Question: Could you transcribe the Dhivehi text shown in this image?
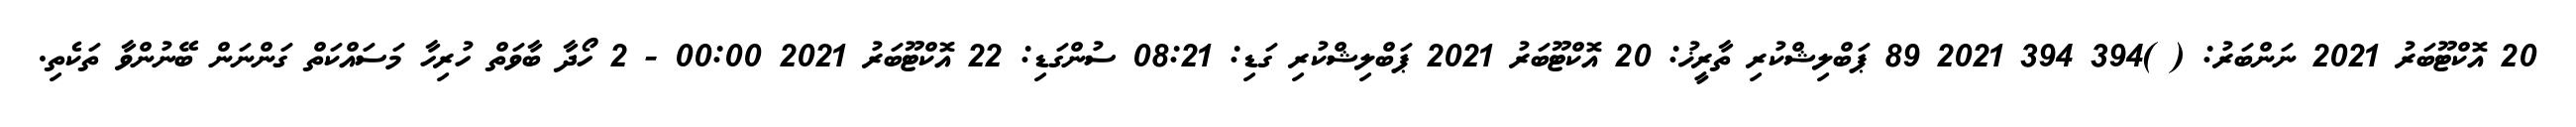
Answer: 20 އޮކްޓޫބަރު 2021 ނަންބަރު: ( )394 394 2021 89 ޕަބްލިޝްކުރި ތާރީޚު: 20 އޮކްޓޫބަރު 2021 ޕަބްލިޝްކުރި ގަޑި: 08:21 ސުންގަޑި: 22 އޮކްޓޫބަރު 2021 00:00 - 2 ހޯދާ ބާވަތް ހުރިހާ މަސައްކަތް ގަންނަން ބޭނުންވާ ތަކެތި.